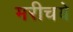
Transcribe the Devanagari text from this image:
मरीचये